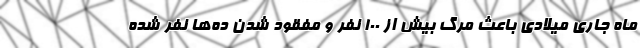
ماه جاری میلادی باعث مرگ بیش از 100 نفر و مفقود شدن ده‌ها نفر شده